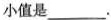
小值是___.